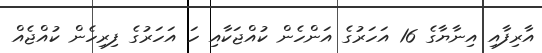
އާރިފާއި އިނާޔާގެ 16 އަހަރުގެ އަންހެން ކުއްޖަކާއި ހަ އަހަރުގެ ފިރިހެން ކުއްޖެއް